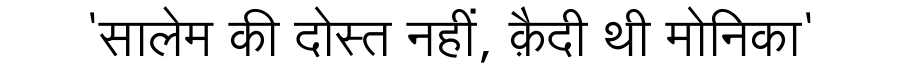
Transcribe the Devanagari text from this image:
'सालेम की दोस्त नहीं, क़ैदी थी मोनिका'